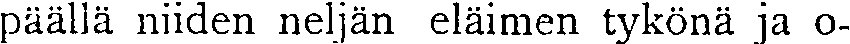
päällä niiden neljän eläimen tykönä ja o-